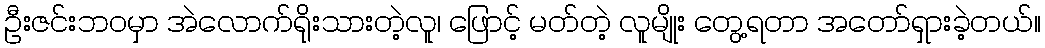
ဦးဇင်းဘဝမှာ အဲလောက်ရိုးသားတဲ့လူ၊ ဖြောင့် မတ်တဲ့ လူမျိုး တွေ့ရတာ အတော်ရှားခဲ့တယ်။